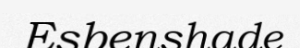
Esbenshade